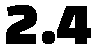
2.4